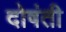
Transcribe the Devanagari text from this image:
दोषंती